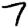
Digit: 7